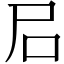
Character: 𡰪